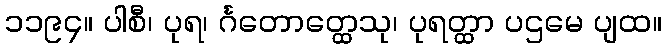
၁၁၉၄။ ပါစီ၊ ပုရ၊ င်္ဂတောတ္ထေသု၊ ပုရတ္ထာ ပဌမေ ပျထ။